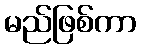
မည်ဖြစ်ကာ